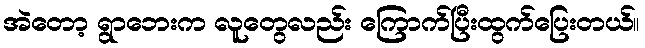
အဲတော့ ရွာဘေးက လူတွေလည်း ကြောက်ပြီးထွက်ပြေးတယ်။